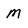
Character: M